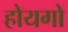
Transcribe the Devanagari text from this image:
होयगो